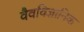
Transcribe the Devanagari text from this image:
वैवविज्ञानिक